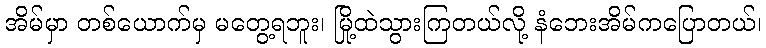
အိမ်မှာ တစ်ယောက်မှ မတွေ့ရဘူး၊ မြို့ထဲသွားကြတယ်လို့ နံဘေးအိမ်ကပြောတယ်၊